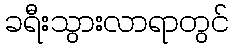
ခရီးသွားလာရာတွင်